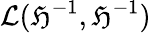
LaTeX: \mathcal{L}(\mathfrak{H}^{-1},\mathfrak{H}^{-1})